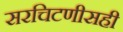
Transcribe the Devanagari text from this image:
सरचिटणीसही